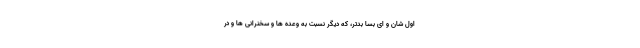
اول شان و ای بسا بدتر، که دیگر نسبت به وعده ها و سخنرانی ها و درِ